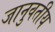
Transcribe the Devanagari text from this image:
जानुवतीय